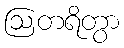
ဩတရိတွာ